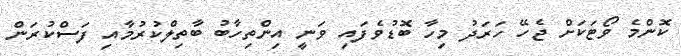
ކޮންމެ ވޯޓަކަށް ޖެހޭ ހަރަދު މިހާ ބޮޑުވެފައި ވަނީ އިންތިހާބު ބާތިލްކުރުމާއި ފަސްކުރަން